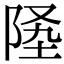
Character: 𨹡